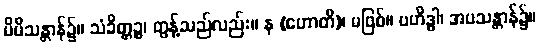
မိမိသန္တာန်၌။ သံခိတ္တဉ္စ၊ တွန့်သည်လည်း။ န (ဟောတိ)၊ မဖြစ်။ ဗဟိဒ္ဓါ၊ အပသန္တာန်၌။